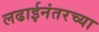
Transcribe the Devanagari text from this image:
लढाईनंतरच्या